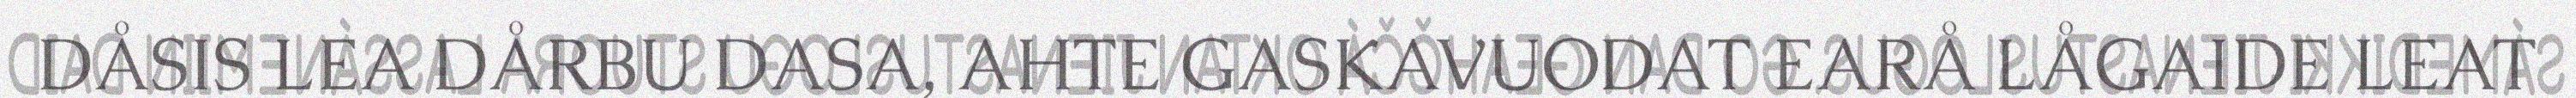
DÅSIS LEA DÅRBU DASA, AHTE GASKAVUODAT EARÅ LÅGAIDE LEAT